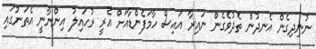
ނުނިދިގެން އެނދުން ތެދުވެގެން ނައިރާ އައިސް ހާމަފެންޑާއަށް އެރީ ރުހައިލު އިންނާނީ އެތަނުގައި